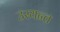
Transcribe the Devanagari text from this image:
उस्यन्त